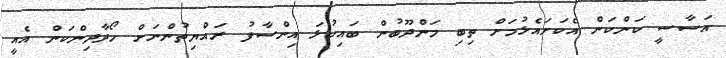
އަސާސީ ކަންކަން އެކަށައެޅުމަށް ތިބި މަންދޫބުން ބައިކުޅަ އިންސާފު ރައްޔިތުންނަށް ހޯދާދިންކަން އެއީ